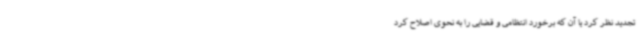
تجدید نظر کرد یا آن که برخورد انتظامی و قضایی را به نحوی اصلاح کرد